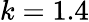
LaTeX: k=1.4